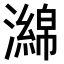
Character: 𤁗